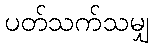
ပတ်သက်သမျှ